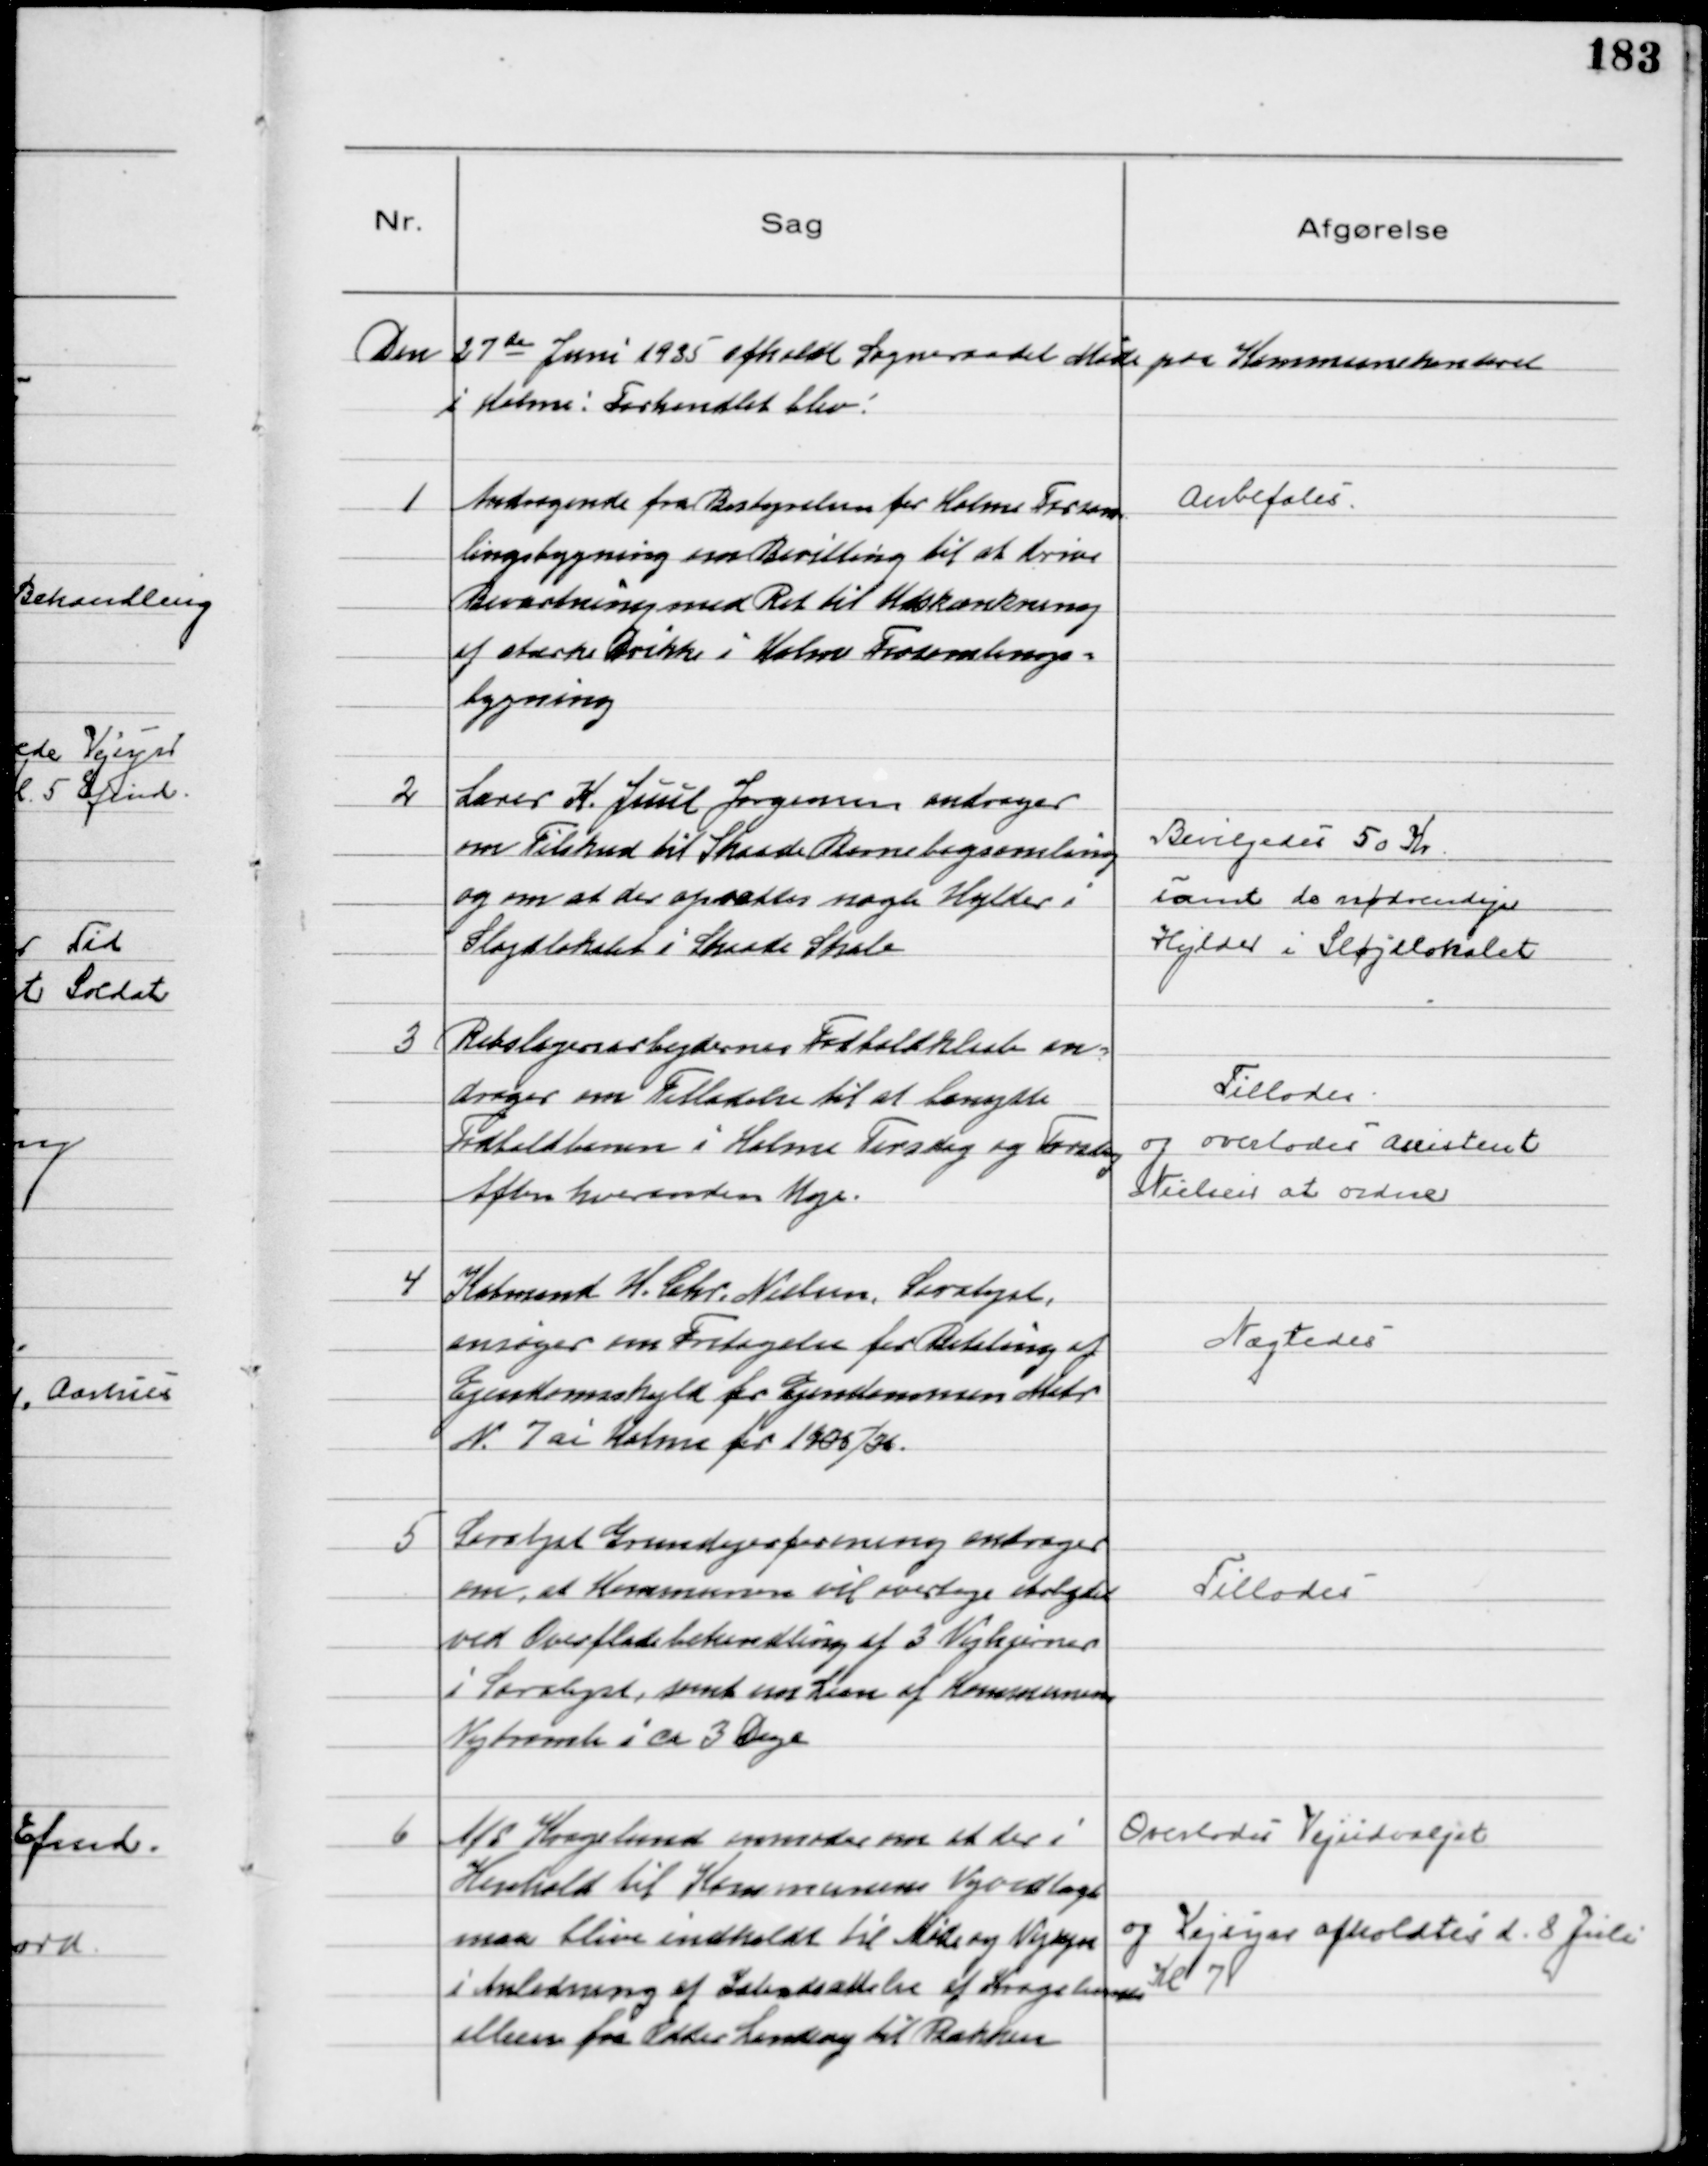
Transskription:
Den 27 de Juni 1935 afholdt Sogneraadet Møde paa Kommunekontoret
i Holme! Forhandlet blev!

1
Andragende fra Bestyrelsen for Holme Forsam=
lingsbygning om Bevilling til at drive
Beværtning med Ret til Udskænkning
af stærke Drikke i Holme Forsamlings=
bygning

Anbefales

2
Lærer K. Juul Jørgensen andrager
om Tilskud til Skaade Børnebogsamling
og om at der oprettes nogle Hylder i
Sløjdlokalet i Skaade Skole

Bevilgedes 50 Kr.
samt de nødvendige
Hylder i Sløjdlokalet

3
Rebslagerarbejdernes Fodboldklub an=
drager om Tilladelse til at benytte
Fodboldbanen i Holme Tirsdag og Torsdag
Aften hveranden Uge.

Tillodes
og overlodes Assistent
Nielsen at ordne

4
Købmand H. Chr. Nielsen, Saralyst,
ansøger om Fritagelse for Betaling af
Ejendomsskyld for Ejendommen Matr
№ 7ai Holme for 1935/36.

Nægtedes

5
Saralyst Grundejerforening andrager
om, at Kommunen vil overtage Arbejdet
ved Overfladebehandling af 3 Vejhjørner
i Saralyst, samt om Laan af Kommunens
Vejtromle i ca 3 Dage

Tillodes

6
A/S Kragelund anmoder om at der i
Henhold til Kommunens Vejvedtægt
maa blive indkaldt til Møde og Vejsyn
i Anledning af Istandsættelse af Kragelunds
alleen fra Odder Landevej til Bakken
Overlodes Vejudvalget
og Vejsyn afholdtes d. 8 Juli
Kl 7